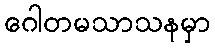
ဂေါတမသာသနမှာ